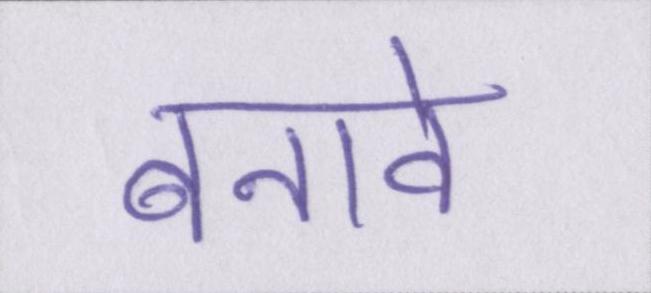
बनावे